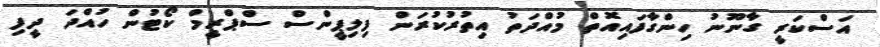
އަސްކަރީ ގާނޫނު ހިންގާފައިއޮތް މުއްދަތު އިތުރުކުރަން ފިލިޕީންސް ސްޕްރީމް ކޯޓުން ހުއްދަ ދީފި